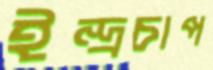
ইন্দ্রচাপ